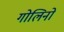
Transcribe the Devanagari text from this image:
गोलिनो